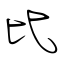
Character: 比